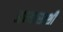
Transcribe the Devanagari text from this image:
अभ्यासाशी